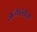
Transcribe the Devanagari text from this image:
अव्याहताज्ञः